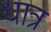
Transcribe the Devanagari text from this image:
धात्र